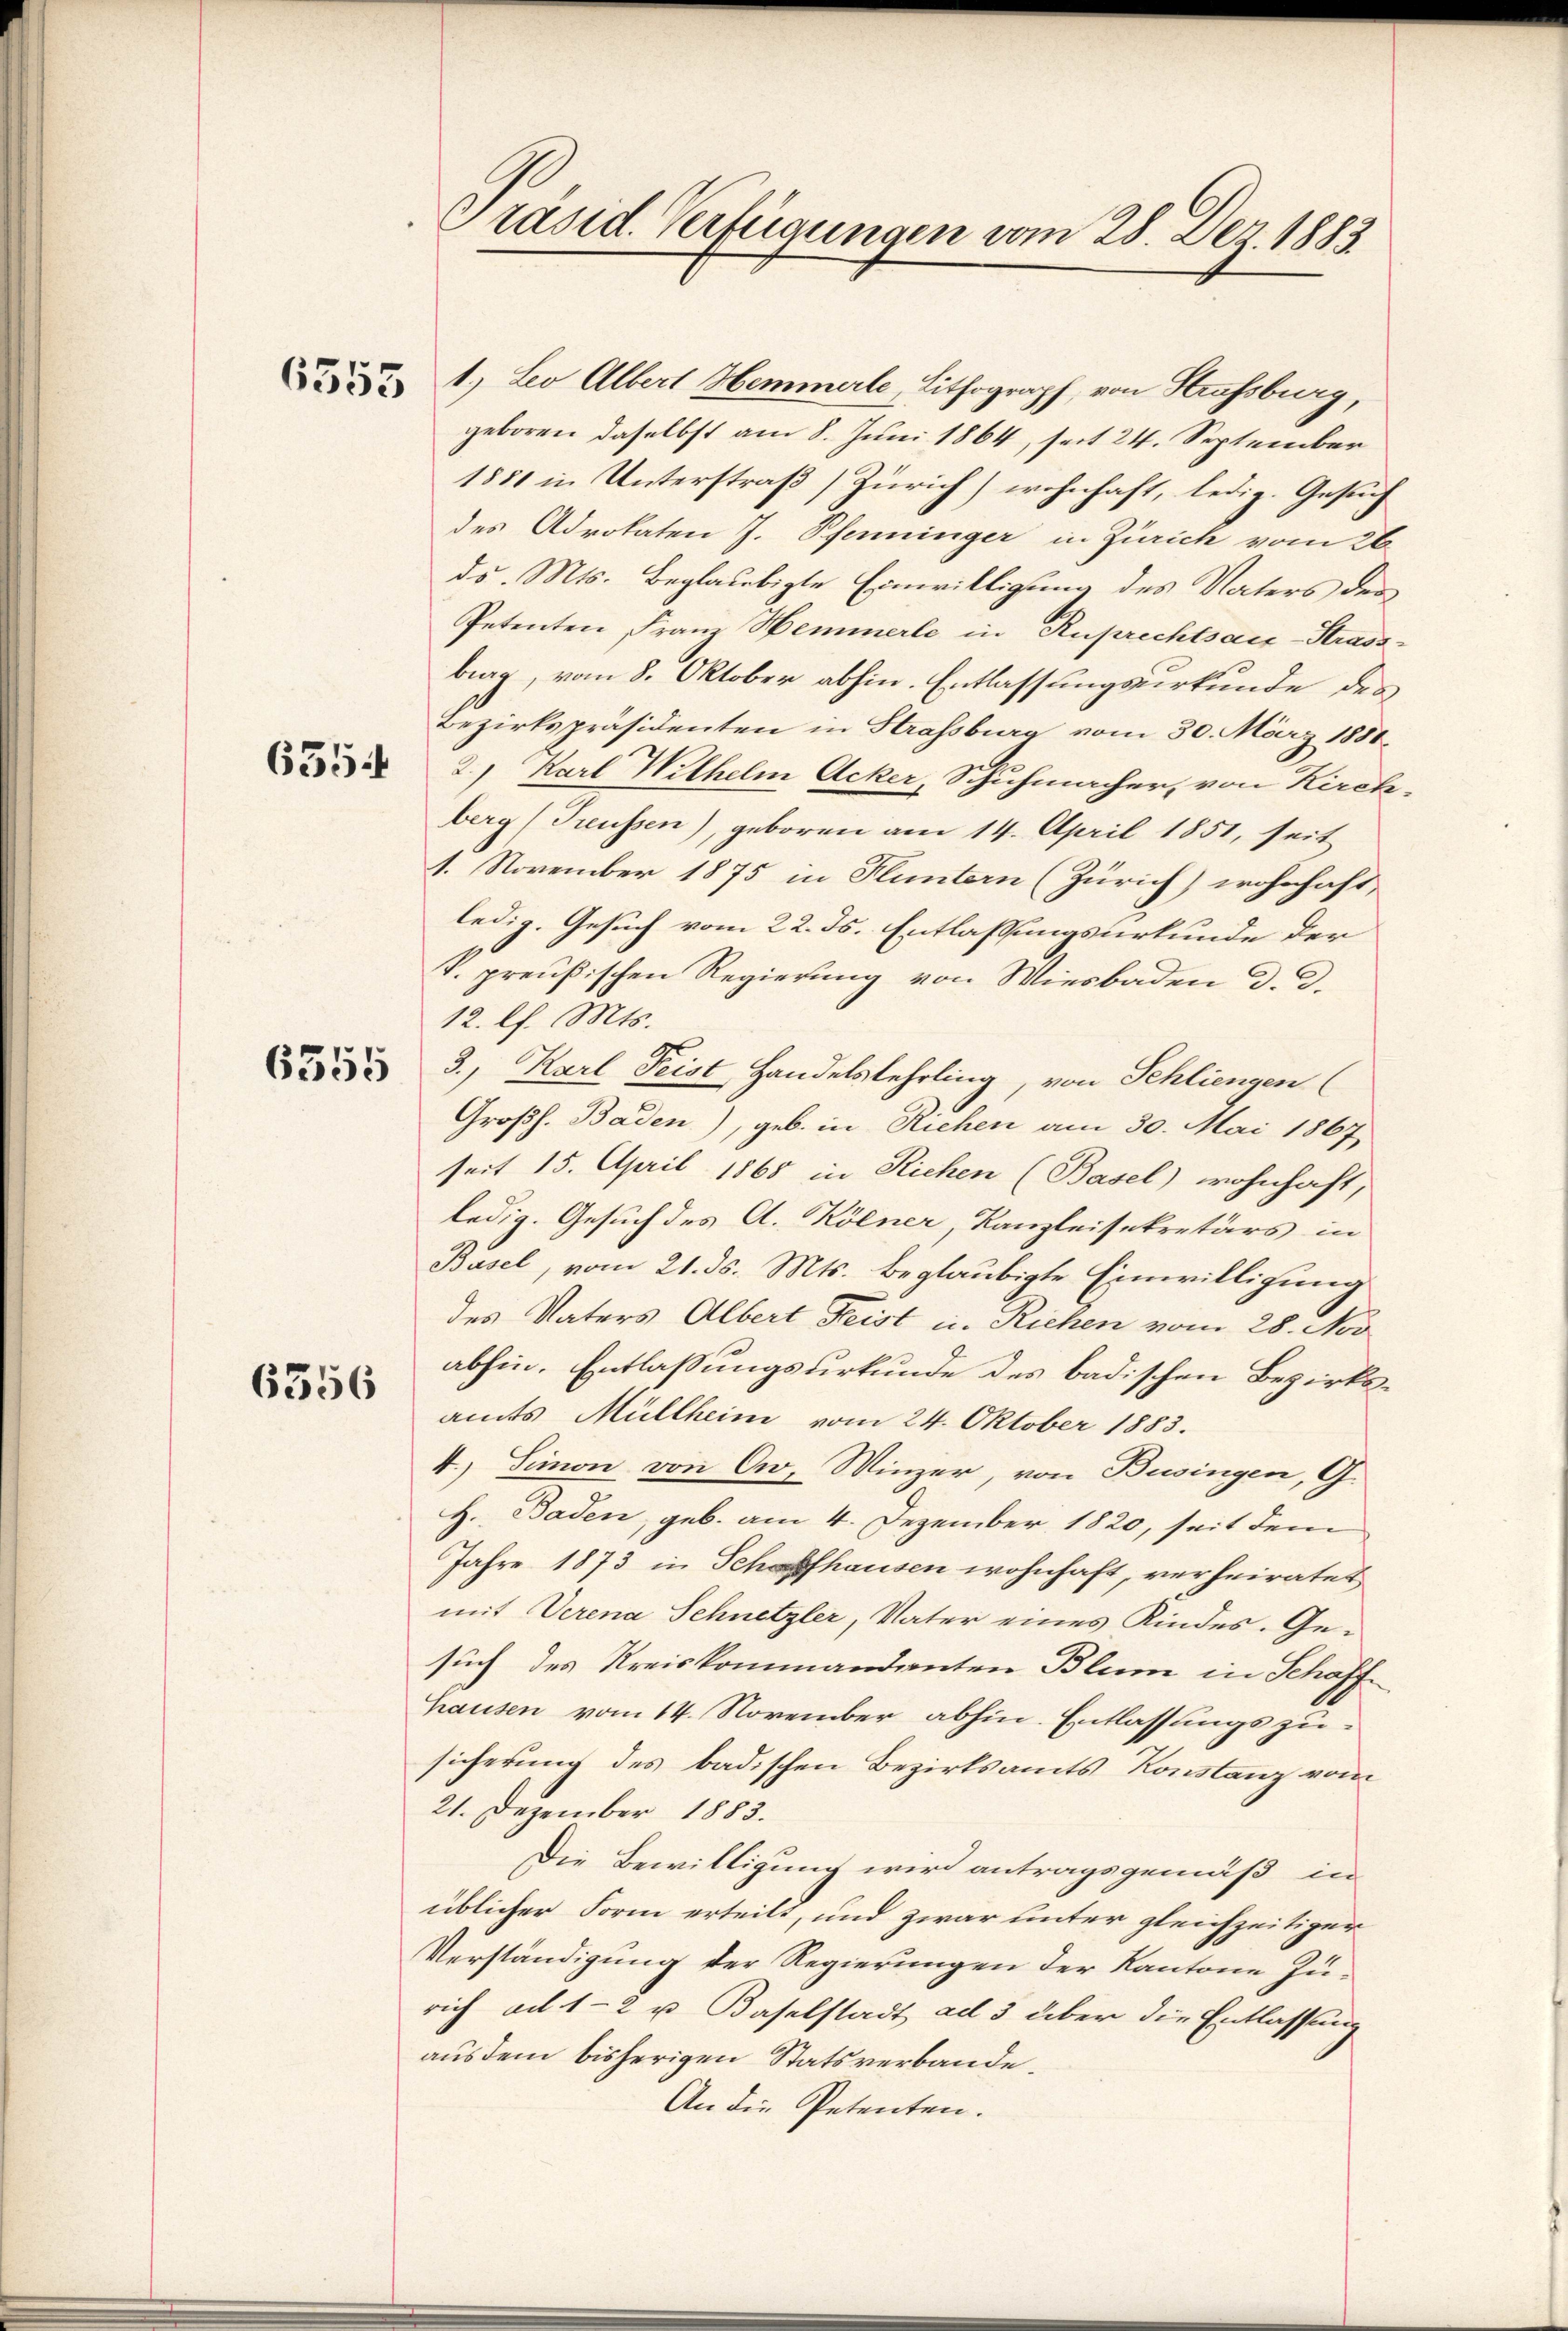
6355

6354

6355

6356

Präsid. Verfügungen vom 28. Der 1883

1.) Leo Albert Hemmerle, Lithograph, von Strassburg,
geboren daselbst am 8. Juni 1864, seit 24. September
1881 in Unterstraß Zürich) wohnhaft, ledig. Gesuch
des Advokaten J. Pfenninger in Zürich vom 26
ds. Mts. beglaubigte Einwilligung des Vaters der
Petenten Franz Hemmerle in Ruprechtsau-Strass-
brag, vom 8. Oktober abhin. Entlassungsurkunde des
Bezirkspräsidenten in Strassburg vom 30. März 1881
2) Karl Wilhelm Acker, Schuhmacher, von Kirch-
berg (Treussen), geboren am 14. April 1851, seit
1. November 1875 in Fluntern (Zürich) wohnhaft,
ledig. Gesuch vom 22. ds. Entlassungsurkunde der
k. preußischen Regierung von Wiesbaden d. d.
12. l. Mts.
3., Karl Frist, Handelslehrling, von Schliengen
Großh. Baden), geb. in Riehen am 30. Mai 1867,
seit 15. April 1868 in Richen (Basel) wohnhaft,
ledig. Gesuch des A. Kölner, Kanzleisekretärs in
Basel, vom 21. ds. Mts. beglaubigte Einwilligung
des Vaters Albert Feist u. Richen vom 28. Nov
abhin. Entlaßungsurkunde des badischen Bezirksamts Müllheim vom 24. Oktober 1883.
4.) Simon von Ow. Winzer, von Busingen, G.
H. Baden, geb. am 4. Dezember 1820, seit dem
Jahre 1873 in Schaffhausen wohnhaft, verheiratet
mit Verena Schnetzler, Vater eines Kindes. Gesuch des Kreiskommandanten Blum in Schaff¬
Hausen vom 14. November abhin. Entlassungs zu
sicherung des badischen Bezirksamts Konstanz vom
21. Dezember 1883.
Die Bewilligung wird antragsgemäß in
üblicher Form erteilt, und zwar unter gleichzeitiger
Verständigung der Regierungen der Kantone Zurich ad 1-2 u Baselstadt ad 3 über die Entlassung
aus dem bisherigen Statsverbande.
An die Petenten.